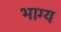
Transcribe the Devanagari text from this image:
भाग्‍य